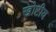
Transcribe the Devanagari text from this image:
खोष्टीय